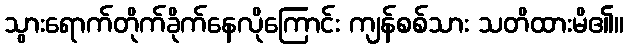
သွားရောက်တိုက်ခိုက်နေလိုကြောင်း ကျန်စစ်သား သတိထားမိ၏။